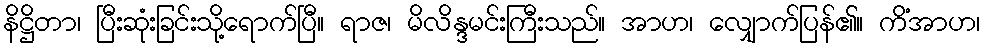
နိဋ္ဌိတာ၊ ပြီးဆုံးခြင်းသို့ရောက်ပြီ။ ရာဇ၊ မိလိန္ဒမင်းကြီးသည်။ အာဟ၊ လျှောက်ပြန်၏။ ကိံအာဟ၊